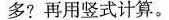
多?再用竖式计算。